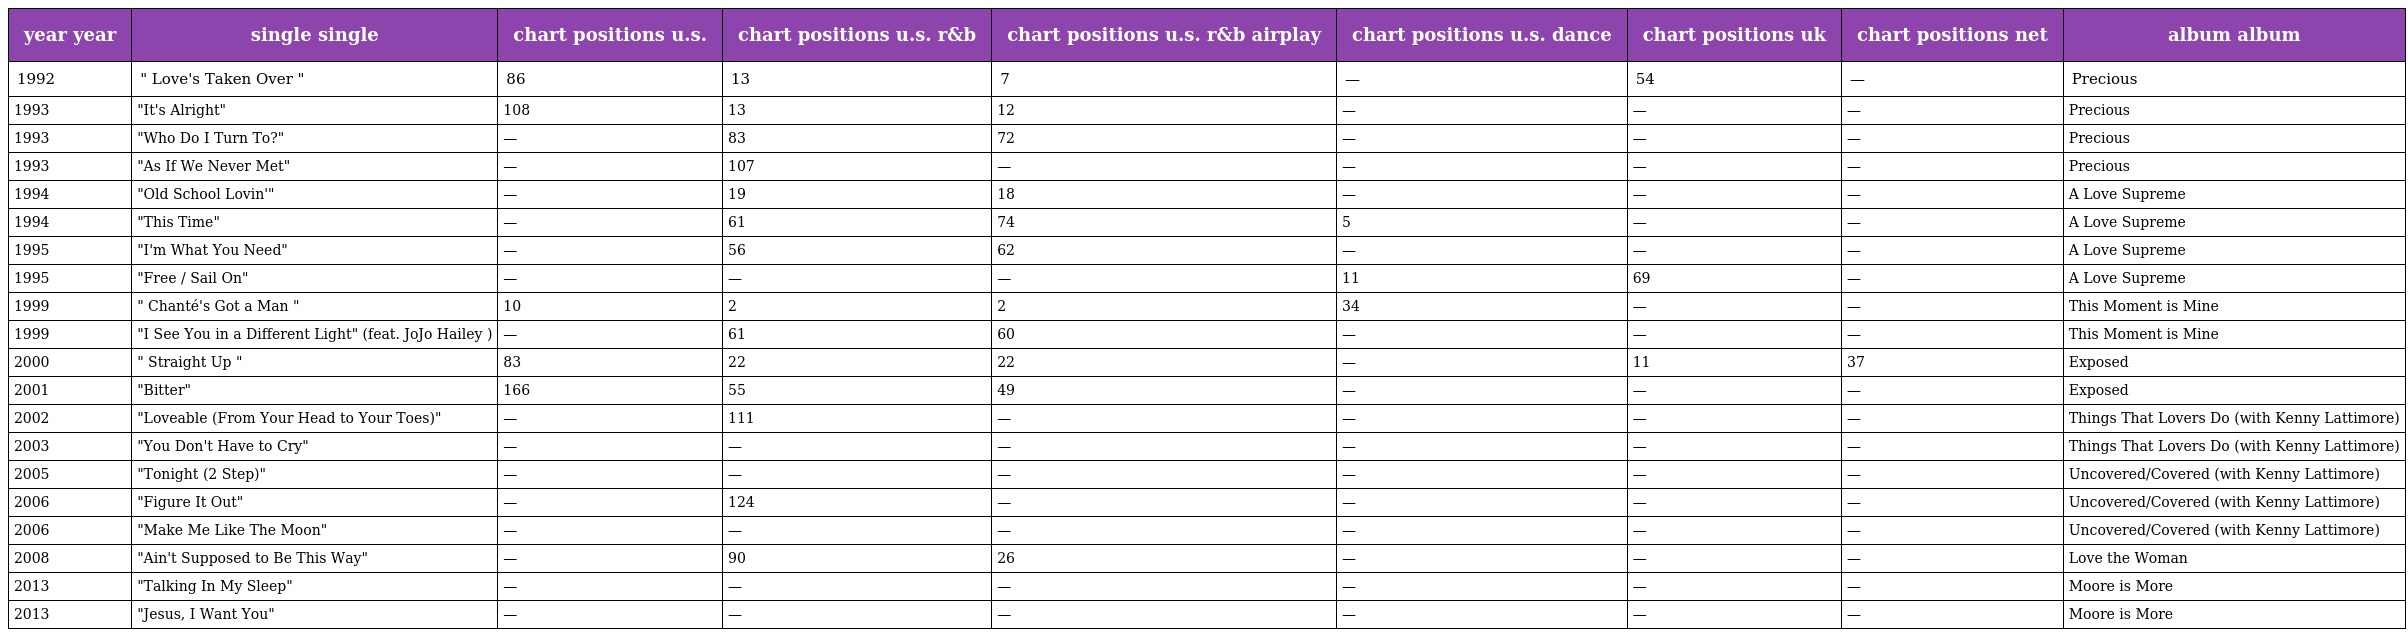
| year year | single single | chart positions u.s. | chart positions u.s. r&b | chart positions u.s. r&b airplay | chart positions u.s. dance | chart positions uk | chart positions net | album album |
 | --- | --- | --- | --- | --- | --- | --- | --- | --- |
 | 1992 | " Love's Taken Over " | 86 | 13 | 7 | — | 54 | — | Precious |
 | 1993 | "It's Alright" | 108 | 13 | 12 | — | — | — | Precious |
 | 1993 | "Who Do I Turn To?" | — | 83 | 72 | — | — | — | Precious |
 | 1993 | "As If We Never Met" | — | 107 | — | — | — | — | Precious |
 | 1994 | "Old School Lovin'" | — | 19 | 18 | — | — | — | A Love Supreme |
 | 1994 | "This Time" | — | 61 | 74 | 5 | — | — | A Love Supreme |
 | 1995 | "I'm What You Need" | — | 56 | 62 | — | — | — | A Love Supreme |
 | 1995 | "Free / Sail On" | — | — | — | 11 | 69 | — | A Love Supreme |
 | 1999 | " Chanté's Got a Man " | 10 | 2 | 2 | 34 | — | — | This Moment is Mine |
 | 1999 | "I See You in a Different Light" (feat. JoJo Hailey ) | — | 61 | 60 | — | — | — | This Moment is Mine |
 | 2000 | " Straight Up " | 83 | 22 | 22 | — | 11 | 37 | Exposed |
 | 2001 | "Bitter" | 166 | 55 | 49 | — | — | — | Exposed |
 | 2002 | "Loveable (From Your Head to Your Toes)" | — | 111 | — | — | — | — | Things That Lovers Do (with Kenny Lattimore) |
 | 2003 | "You Don't Have to Cry" | — | — | — | — | — | — | Things That Lovers Do (with Kenny Lattimore) |
 | 2005 | "Tonight (2 Step)" | — | — | — | — | — | — | Uncovered/Covered (with Kenny Lattimore) |
 | 2006 | "Figure It Out" | — | 124 | — | — | — | — | Uncovered/Covered (with Kenny Lattimore) |
 | 2006 | "Make Me Like The Moon" | — | — | — | — | — | — | Uncovered/Covered (with Kenny Lattimore) |
 | 2008 | "Ain't Supposed to Be This Way" | — | 90 | 26 | — | — | — | Love the Woman |
 | 2013 | "Talking In My Sleep" | — | — | — | — | — | — | Moore is More |
 | 2013 | "Jesus, I Want You" | — | — | — | — | — | — | Moore is More |